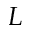
L